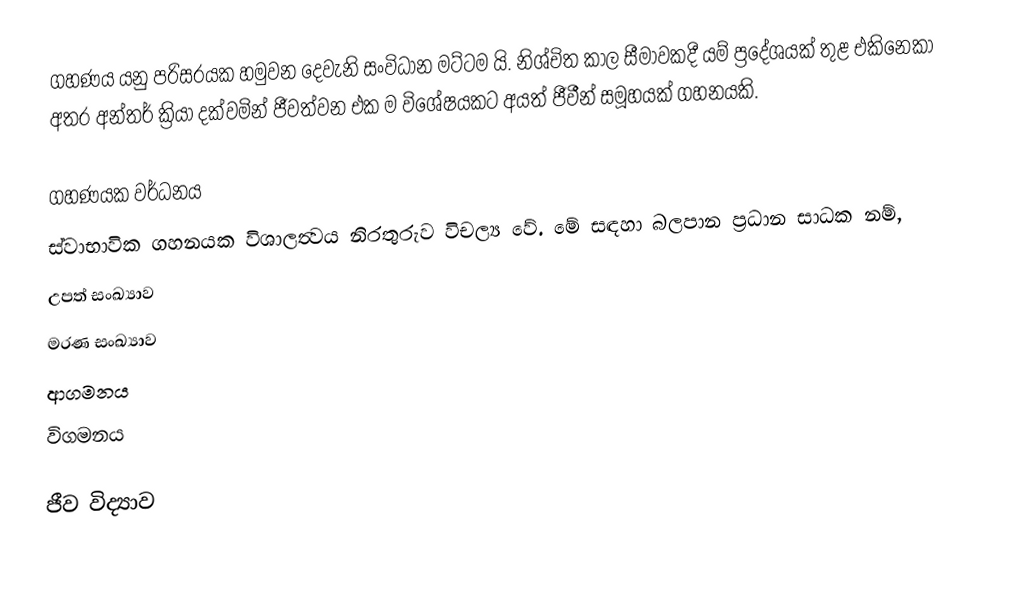
ගහණය යනු පරිසරයක හමුවන දෙවැනි සංවිධාන මට්ටම යි. නිශ්චිත කාල සීමාවකදී යම් ප්‍රදේශයක් තුළ එකිනෙකා අතර අන්තර් ක්‍රියා දක්වමින් ජීවත්වන එක ම විශේෂයකට අයත් ජීවීන් සමූහයක් ගහනයකි.

ගහණයක වර්ධනය
ස්වාභාවික ගහනයක විශාලත්‍වය නිරතුරුව විචල්‍ය වේ. මේ සඳහා බලපාන ප්‍රධාන සාධක නම්,
 උපත් සංඛ්‍යාව
 මරණ සංඛ්‍යාව
 ආගමනය
 විගමනය

ජීව විද්‍යාව